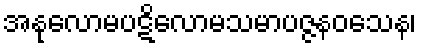
အနုလောမပဋိလောမသမာပဇ္ဇနဝသေန၊